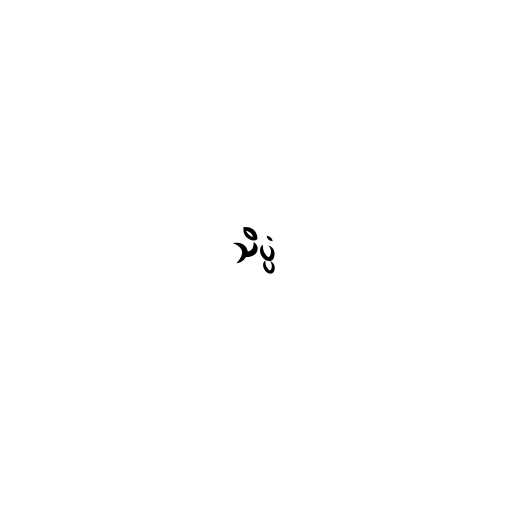
သိပ္ပံ